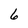
Character: 6